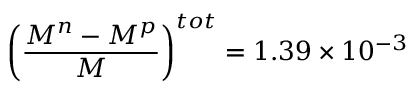
\left( \frac { M ^ { n } - M ^ { p } } { M } \right) ^ { t o t } = 1 . 3 9 \times 1 0 ^ { - 3 }